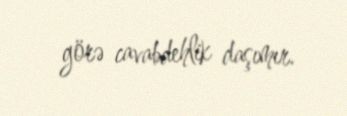
görə cavabdehlik daşımır.